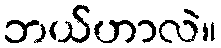
ဘယ်ဟာလဲ။